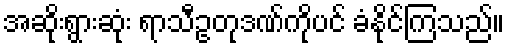
အဆိုးရွားဆုံး ရာသီဥတုဒဏ်ကိုပင် ခံနိုင်ကြသည်။